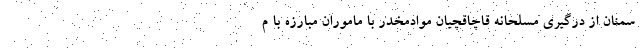
سمنان از درگیری مسلحانه قاچاقچیان موادمخدر با ماموران مبارزه با م